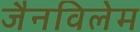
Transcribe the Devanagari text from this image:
जैनविलेम